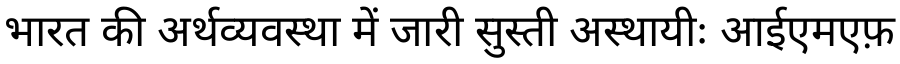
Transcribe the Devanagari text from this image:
भारत की अर्थव्यवस्था में जारी सुस्ती अस्थायीः आईएमएफ़